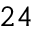
^ { 2 4 }